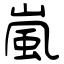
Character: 嵐